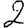
Digit: 2